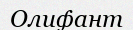
Олифант